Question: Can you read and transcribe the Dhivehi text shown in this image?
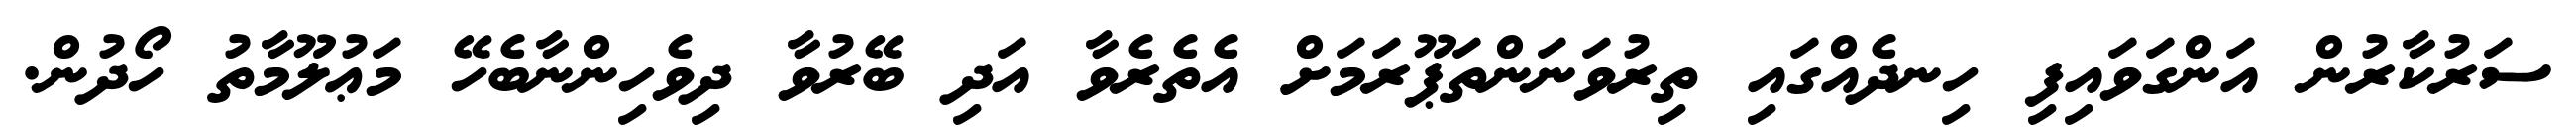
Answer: ސަރުކާރުން އަންގަވައިފި ހިނދެއްގައި ތިރުވަނަންތަޕޫރަމަށް އެތެރެވާ އަދި ބޭރުވާ ދިވެހިންނާބެހޭ މަޢުލޫމާތު ހޯދުން.